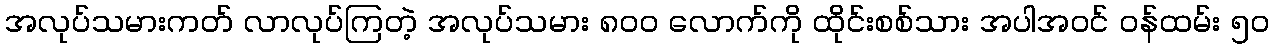
အလုပ်သမားကတ် လာလုပ်ကြတဲ့ အလုပ်သမား ၈၀၀ လောက်ကို ထိုင်းစစ်သား အပါအဝင် ဝန်ထမ်း ၅၀